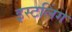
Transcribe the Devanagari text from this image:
इस्टलिंग